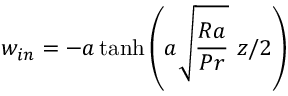
w _ { i n } = - a \operatorname { t a n h } { \left( a \sqrt { \frac { R a } { P r } } \ z / 2 \right) }